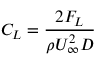
C _ { L } = \frac { 2 F _ { L } } { \rho U _ { \infty } ^ { 2 } D }